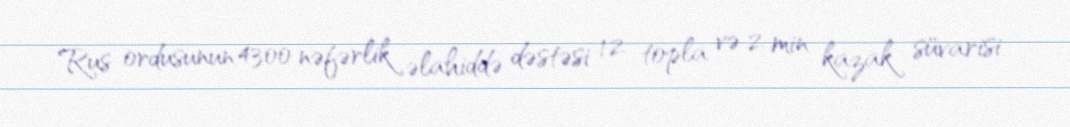
Rus ordusunun 4300 nəfərlik əlahiddə dəstəsi 12 topla və 2 min kazak süvarisi